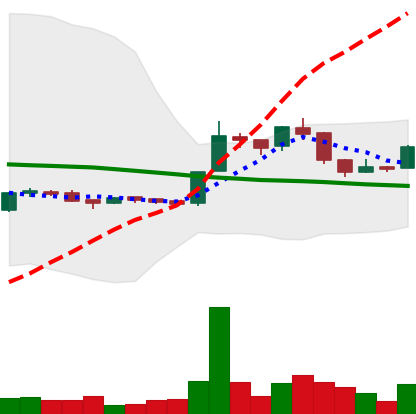
Ticker: LTC-USD
Chart end date: 2015-12-05
Forward return: 3.979%
Label: up_3_5